Report of the Indian Hemp Drugs Commission, 1894-1895 - Volume VI
Year: 1894
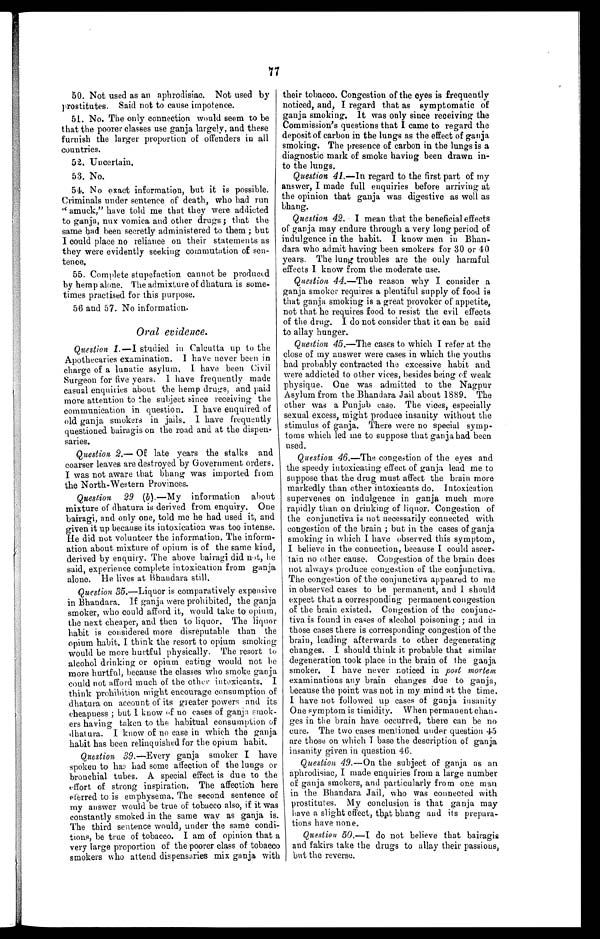
77
50. Not used as an aphrodisiac. Not used by
prostitutes. Said not to cause impotence.
51. No. The only connection would seem to be
that the poorer classes use ganja largely, and these
furnish the larger proportion of offenders in all
countries.
52. Uncertain.
53. No.
54. No exact information, but it is possible.
Criminals under sentence of death, who had run
" amuck," have told me that they were addicted
to ganja, nux vomica and other drugs ; that the
same had been secretly administered to them ; but
I could place no reliance on their statements as
they were evidently seeking commutation of sen-
tence.
55. Complete stupefaction cannot be produced
by hemp alone. The admixture of dhatura is some-
times practised for this purpose.
56 and 57. No information.
Oral evidence.
Question 1.—I studied in Calcutta up to the
Apothecaries examination. I have never been in
charge of a lunatic asylum. I have been Civil
Surgeon for five years. I have frequently made
casual enquiries about the hemp drugs, and paid
more attention to the subject since receiving the
communication in question. I have enquired of
old ganja smokers in jails. I have frequently
questioned bairagis on the road and at the dispen-
saries.
Question 2.— Of late years the stalks and
coarser leaves are destroyed by Government orders.
I was not aware that bhang was imported from
the North-Western Provinces.
Question 29 ( b ).—My information about
mixture of dhatura is derived from enquiry. One
bairagi, and only one, told me he had used it, and
given it up because its intoxication was too intense.
He did not volunteer the information. The inform-
ation about mixture of opium is of the same kind,
derived by enquiry. The above bairagi did not, he
said, experience complete intoxication from ganja
alone. He lives at Bhandara still.
Question 35 .—Liquor is comparatively expensive
in Bhandara. If ganja were prohibited, the ganja
smoker, who could afford it, would take to opium,
the next cheaper, and then to liquor. The liquor
habit is considered more disreputable than the
opium habit. I think the resort to opium smoking
would be more hurtful physically. The resort to
alcohol drinking or opium eating would not be
more hurtful, because the classes who smoke ganja
could not afford much of the other intoxicants. I
think prohibition might encourage consumption of
dhatura on account of its greater powers and its
cheapness ; but I know of no cases of ganja smok-
ers having taken to the habitual consumption of
dhatura. I know of no case in which the ganja
habit has been relinquished for the opium habit.
Question 39 .—Every ganja smoker I have
spoken t o has had some af f ect i on of t he l ungs or
bronchial tubes. A special effect is due to the
effort of strong inspiration. The affection here
eferred to is emphysema. The second sentence of
my answer would be true of tobacco also, if it was
constantly smoked in the same way as ganja is
. The third sentence would, under the same condi
tions, be true of tobacco. I am of opinion that
a very large proportion of the poorer class of toba
c c o s m o k e r s w h o a t t e n d d i s p e n s a r i e sm
i x
g a n j a w i t h
their tobacco. Congestion of the eyes is frequently
noticed, and, I regard that as symptomatic of
ganja smoking. It was only since receiving the
Commission's questions that I came to regard the
deposit of carbon in the lungs as the effect of ganja
smoking. The presence of carbon in the lungs is a
diagnostic mark of smoke having been drawn in-
to the lungs.
Question 41 .—In regard to the first part of my
answer, I made full enquiries before arriving at
the opinion that ganja was digestive as well as
bhang.
Question 42. I mean that the beneficial effects
of ganja may endure through a very long period of
indulgence in the habit. I know men in Bhan-
dara who admit having been smokers for 30 or 40
years. The lung troubles are the only harmful
effects I know from the moderate use.
Question 44.—The reason why I consider a
ganja smoker requires a plentiful supply of food is
that ganja smoking is a great provoker of appetite,
not that he requires food to resist the evil effects
of the drug. I do not consider that it can be said
to allay hunger.
Question 45 .—The cases to which I refer at the
close of my answer were cases in which the youths
had probably contracted the excessive habit and
were addicted to other vices, besides being of weak
physique. One was admitted to the Nagpur
Asylum from the Bhandara Jail about 1889. The
other was a Punjab case. The vices, especially
sexual excess, might produce insanity without the
stimulus of ganja. There were no special symp-
toms which led me to suppose that ganja had been
used.
Question 46 .—The congestion of the eyes and
the speedy intoxicating effect of ganja lead me to
suppose that the drug must affect the brain more
markedly than other intoxicants do. Intoxication
supervenes on indulgence in ganja much more
rapidly than on drinking of liquor. Congestion of
the conjunctiva is not necessarily connected with
congestion of the brain ; but in the cases of ganja
smoking in which I have observed this symptom,
I believe in the connection, because I could ascer-
tain no other cause. Congestion of the brain does
not always produce congestion of the conjunctiva.
The congestion of the conjunctiva appeared to me
in observed cases to be permanent, and I should
expect that a corresponding permanent congestion
of the brain existed. Congestion of the conjunc-
tiva is found in cases of alcohol poisoning ; and in
those cases there is corresponding congestion of the
brain, leading afterwards to other degenerating
changes. I should think it probable that similar
degeneration took place in the brain of the ganja
smoker. I have never noticed in post mortem
examinations any brain changes due to ganja,
because the point was not in my mind at the time.
I have not followed up cases of ganja insanity
One symptom is timidity. When permanent chan-
ges in the brain have occurred, there can be no
cure. The two cases mentioned under question 45
are those on which I base the description of ganja
insanity given in question 46.
Question 49.— On the subject of ganja as an
aphrodisiac, I made enquiries from a large number
of ganja smokers, and particularly from one man
in the Bhandara Jail, who was connected with
prostitutes. My conclusion is that ganja may
have a slight effect, that bhang and its prepara-
tions have none.
Question 50.—I do not believe that bairagis
and fakirs take the drugs to allay their passions,
but the reverse.